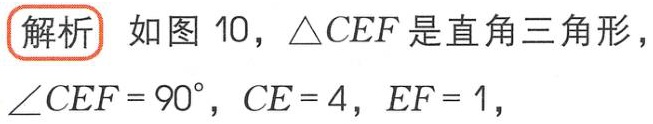
解析 如图 10，$\triangle CEF$是直角三角形，$\angle CEF = 90^{\circ}$，$CE = 4$，$EF = 1$，